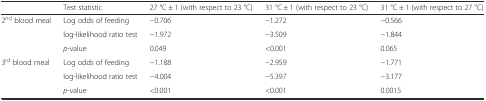
<table><thead><tr><td></td><td><b>Test statistic</b></td><td><b>27 °C ± 1 (with respect to 23 °C)</b></td><td><b>31 °C ± 1 (with respect to 23 °C)</b></td><td><b>31 °C ± 1 (with respect to 27 °C)</b></td></tr></thead><tbody><tr><td rowspan="3">2<sup>nd</sup> blood meal</td><td>Log odds of feeding</td><td>−0.706</td><td>−1.272</td><td>−0.566</td></tr><tr><td>log-likelihood ratio test</td><td>−1.972</td><td>−3.509</td><td>−1.844</td></tr><tr><td><i>p</i>-value</td><td>0.049</td><td>&lt;0.001</td><td>0.065</td></tr><tr><td rowspan="3">3<sup>rd</sup> blood meal</td><td>Log odds of feeding</td><td>−1.188</td><td>−2.959</td><td>−1.771</td></tr><tr><td>log-likelihood ratio test</td><td>−4.004</td><td>−5.397</td><td>−3.177</td></tr><tr><td><i>p</i>-value</td><td>&lt;0.001</td><td>&lt;0.001</td><td>0.0015</td></tr></tbody></table>